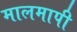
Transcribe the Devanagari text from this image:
मालमापी